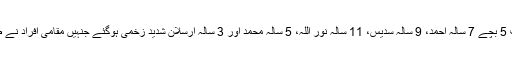
دھماکہ کے نتیجہ میں دستی بم سے کھیلنے میں مصروف 5 بچے 7 سالہ احمد، 9 سالہ سدیس، 11 سالہ نور اللہ، 5 سالہ محمد اور 3 سالہ ارسلان شدید زخمی ہوگئے جنہیں مقامی افراد نے طبی امداد کےلئے ڈسٹرکٹ ہیڈ کوارٹر ہسپتال منتقل کردیا۔